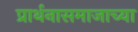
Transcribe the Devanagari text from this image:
प्रार्थनासमाजाच्या